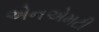
એનએમટી